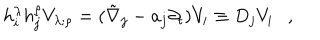
LaTeX: h _ { i } ^ { \lambda } h _ { j } ^ { \rho } V _ { \lambda ; \rho } = ( \tilde { \nabla } _ { j } - a _ { j } \partial _ { t } ) V _ { i } \equiv D _ { j } V _ { i } ,